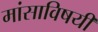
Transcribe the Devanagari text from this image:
मांसाविषयी